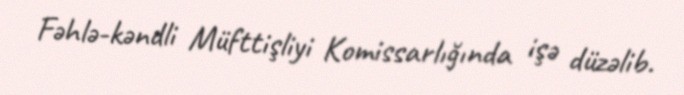
Fəhlə-kəndli Müfttişliyi Komissarlığında işə düzəlib.